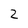
Character: 2